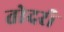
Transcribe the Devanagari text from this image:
तोदरी